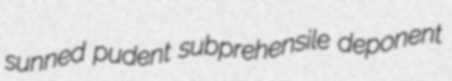
sunned pudent subprehensile deponent